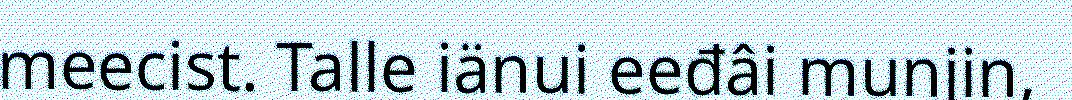
meecist. Talle iänui eeđâi munjin,